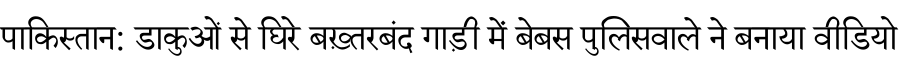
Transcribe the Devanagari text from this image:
पाकिस्तान: डाकुओं से घिरे बख़्तरबंद गाड़ी में बेबस पुलिसवाले ने बनाया वीडियो